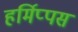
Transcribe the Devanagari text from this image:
हर्मिप्पस